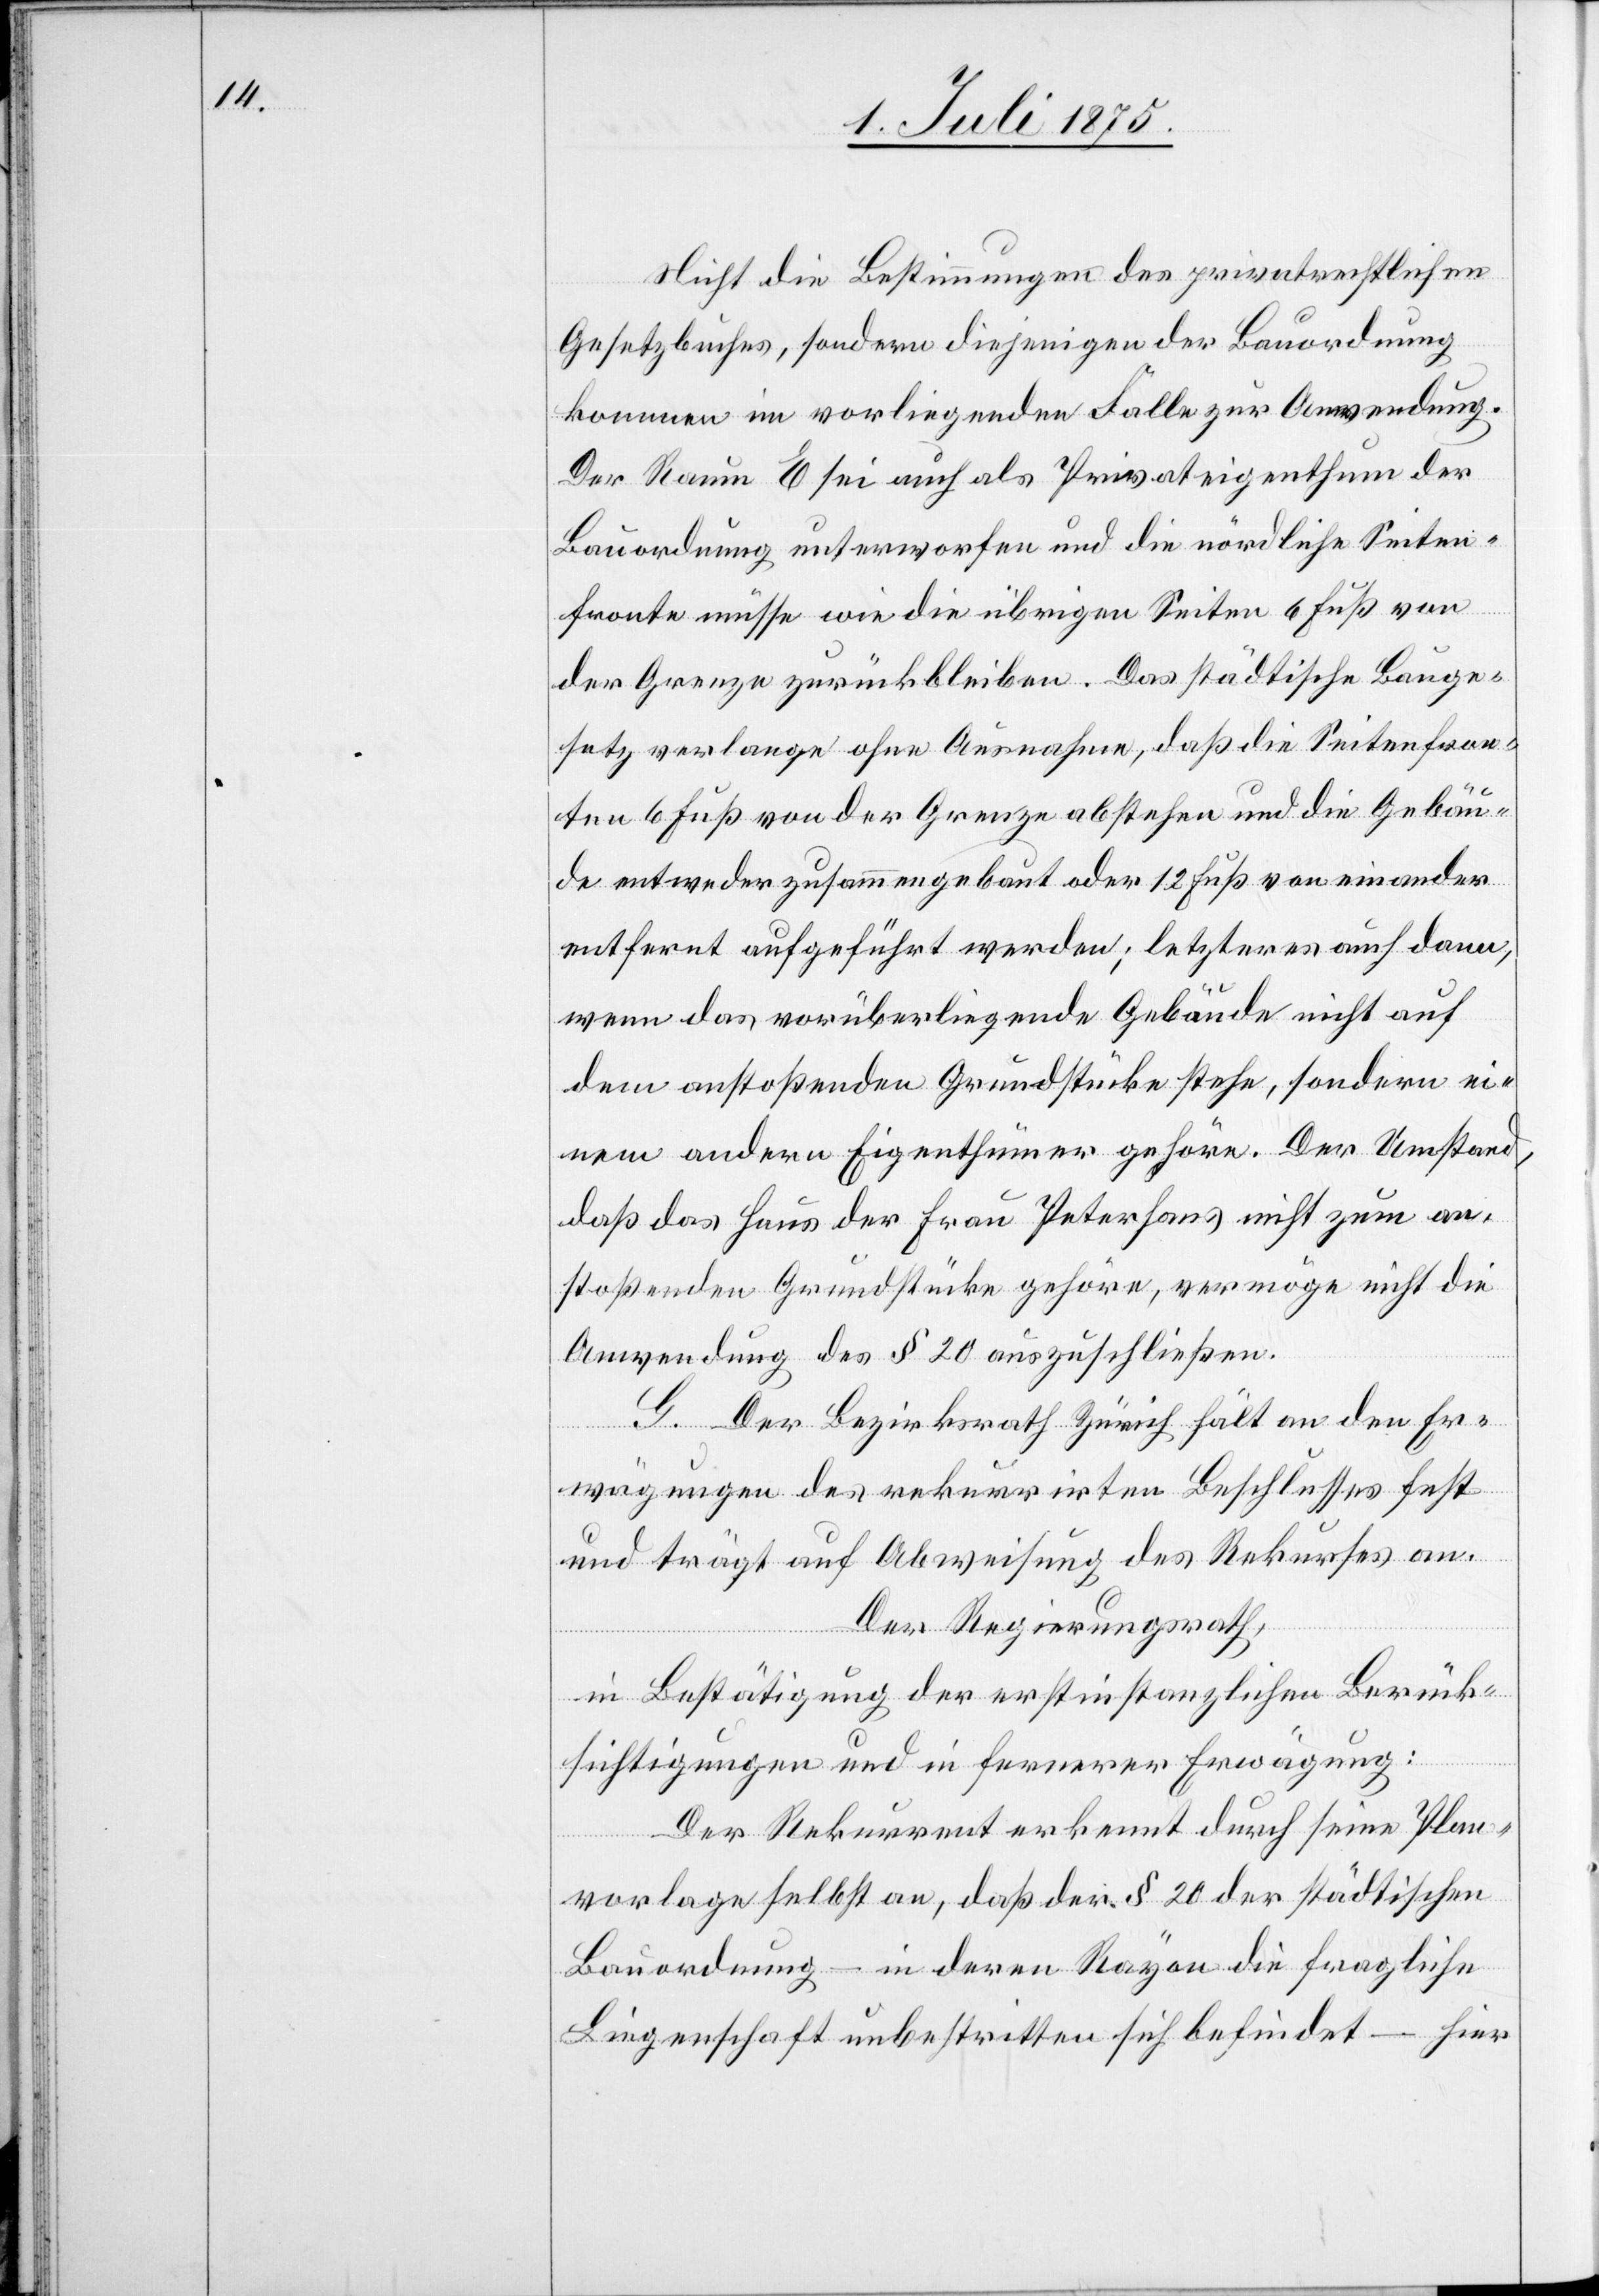
Nicht die Bestimmungen des privatrechtlichen
Gesetzbuches, sondern diejenigen der Bauordnung
kommen im vorliegenden Falle zur Anwendung.
Der Raum E sei auch als Privateigenthum der
Bauordnung unterworfen und die nördliche Seiten¬
fronte müsse wie die übrigen Seiten 6 Fuß von
der Grenze zurückbleiben. Das städtische Bauge¬
setz verlange ohne Ausnahme, daß die Seitenfron¬
ten 6 Fuß von der Grenze abstehen und die Gebäu¬
de entweder zusammengebaut oder 12 Fuß voneinander
entfernt aufgeführt werden; letzteres auch dann,
wenn das vorüberliegende Gebäude nicht auf
dem anstoßenden Grundstücke stehe, sondern ei¬
nem andern Eigenthümer gehöre. Der Umstand,
daß das Haus der Frau Peterhans nicht zum an¬
stoßenden Grundstücke gehöre, vermöge nicht die
Anwendung des § 20 auszuschließen.
G. Der Bezirksrath Zürich hält an den Er¬
wägungen des rekurrirten Beschlusses fest
und trägt auf Abweisung des Rekurses an.
Der Regierungsrath,
in Bestätigung der erstinstanzlichen Berück¬
sichtigungen und in fernerer Erwägung:
Der Rekurrent erkennt durch seine Plan¬
vorlage selbst an, daß der § 20 der städtischen
Bauordnung – in deren Rayon die fragliche
Liegenschaft unbestritten sich befindet – hier